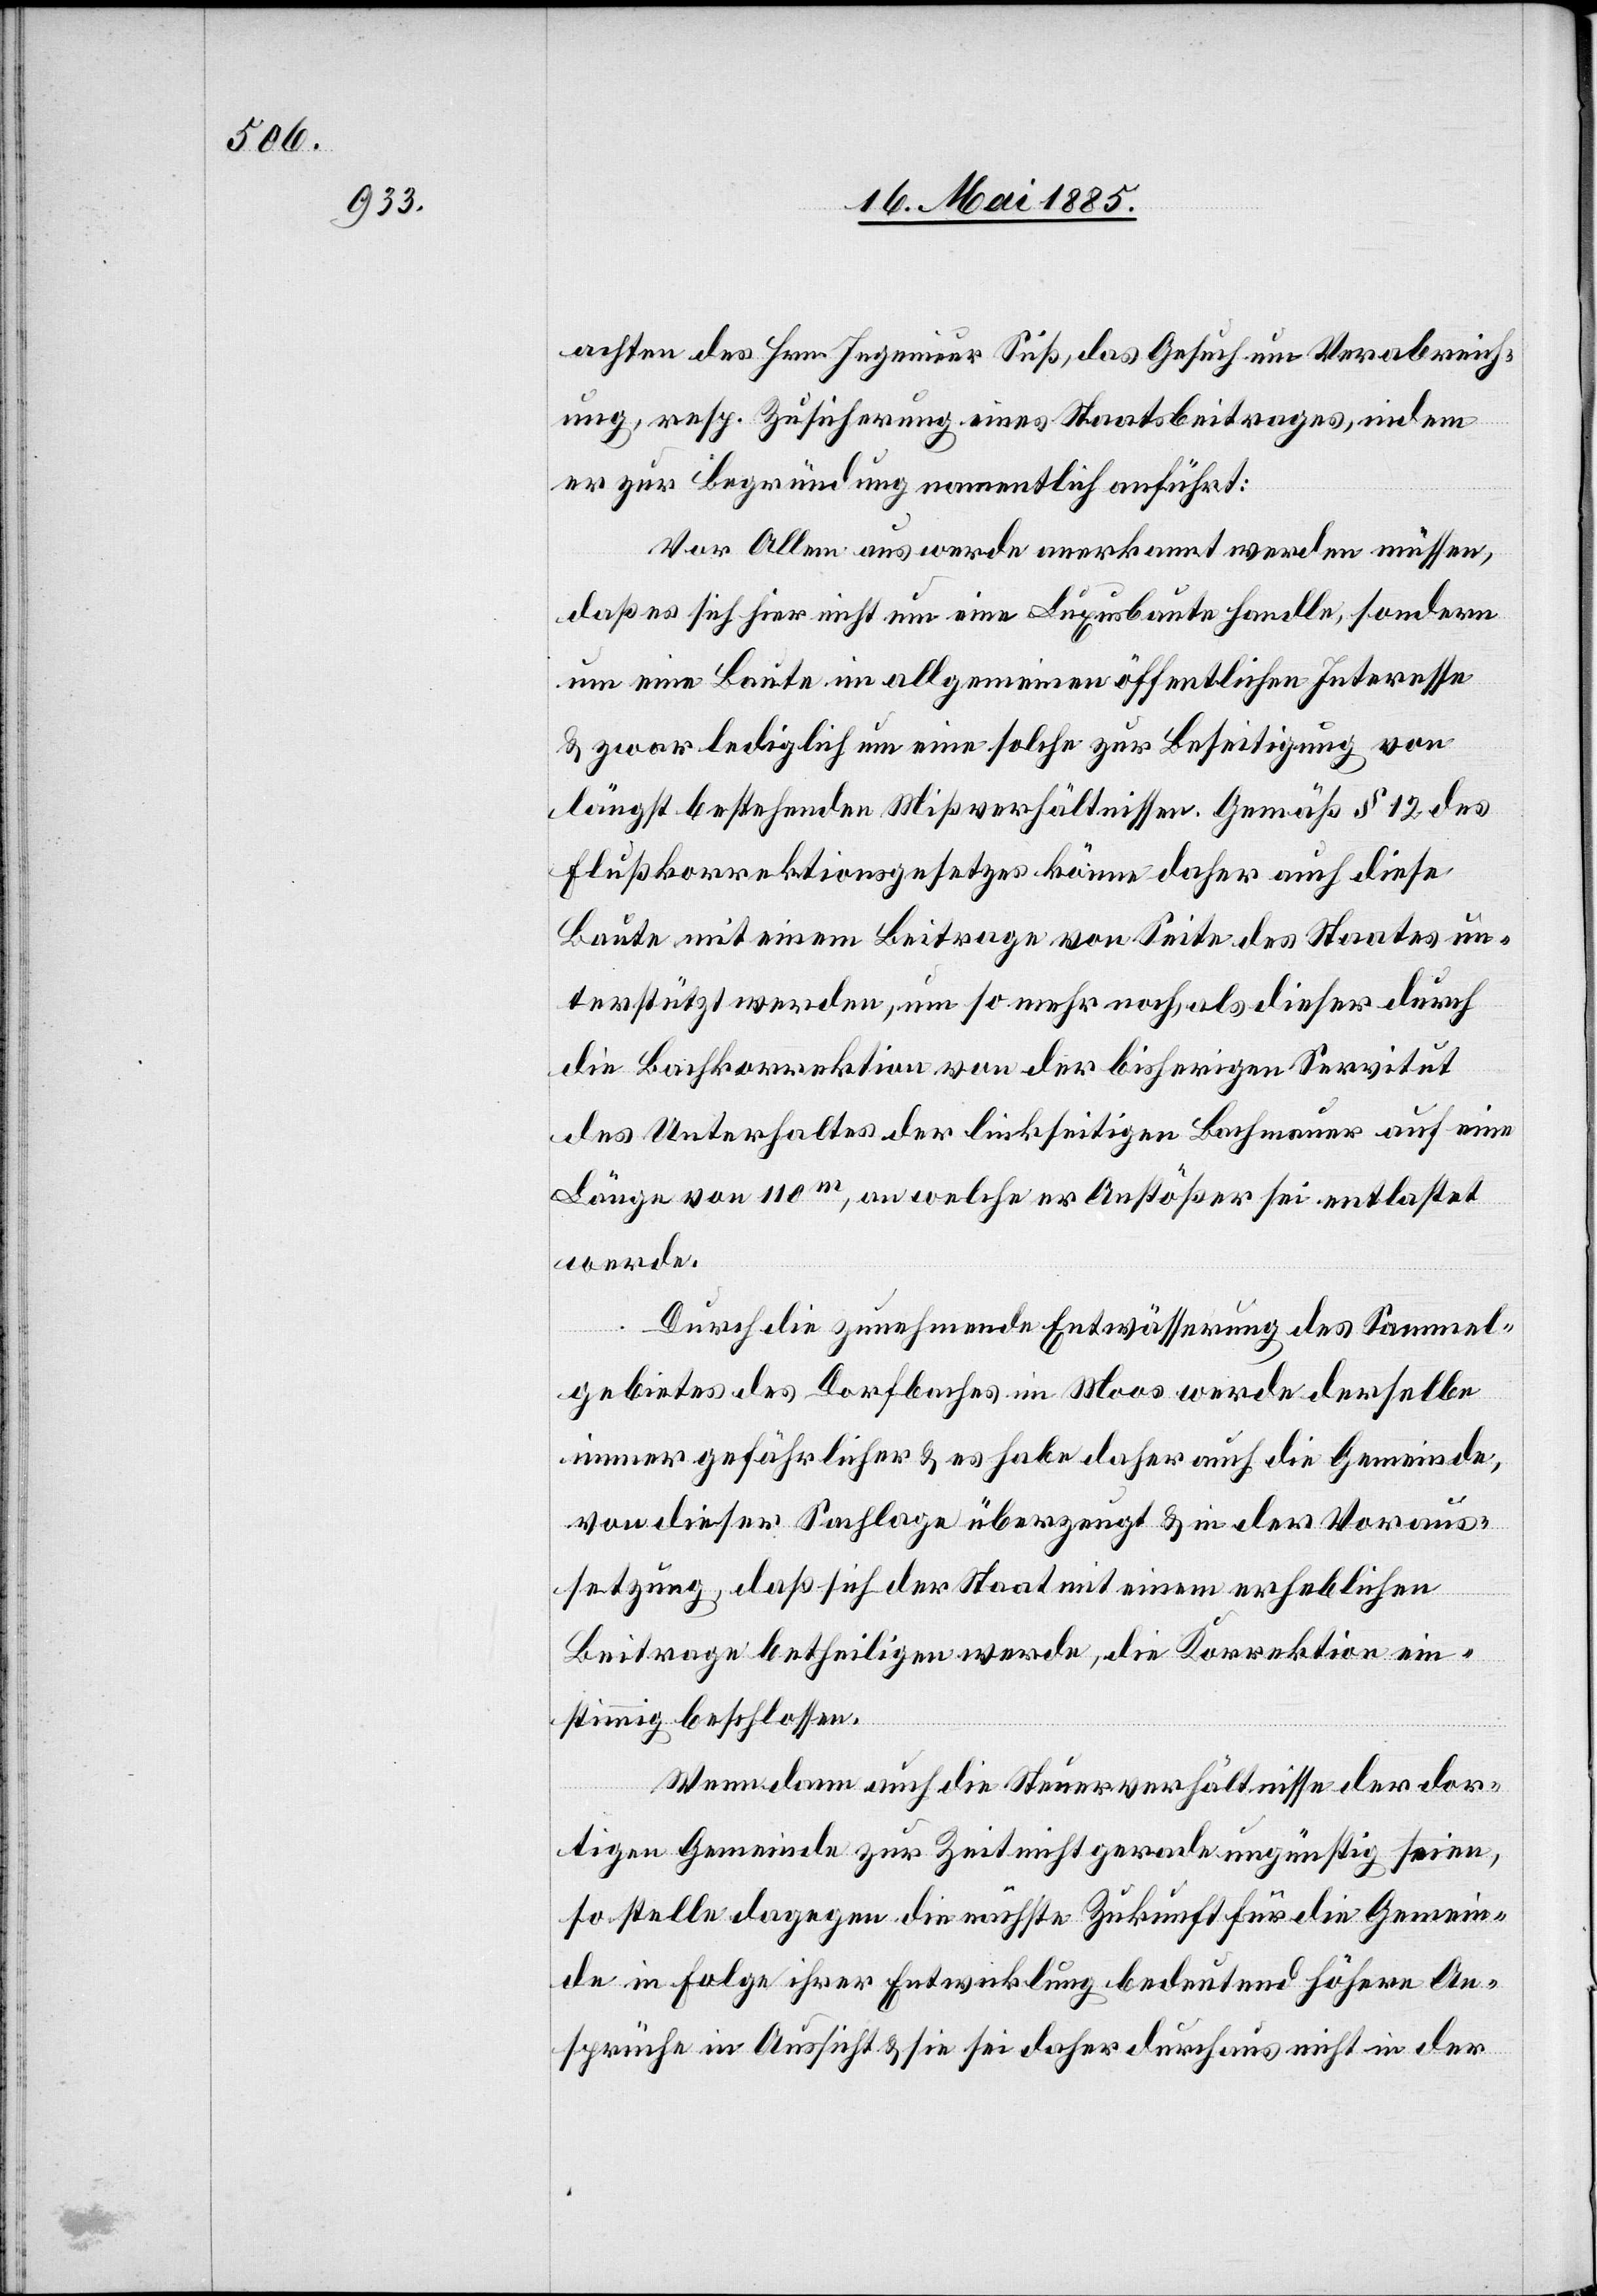
achten des Hrn. Ingenieur Süß, das Gesuch um Verabreich¬
ung, resp. Zusicherung eines Staatsbeitrages, indem
er zur Begründung namentlich anführt:
Vor Allem aus werde anerkannt werden müssen,
daß es sich hier nicht um eine Luxusbaute handle, sondern
um eine Baute im allgemeinen öffentlichen Interesse
& zwar lediglich um eine solche zur Beseitigung von
längst bestehenden Mißverhältnissen. Gemäß § 12 des
Flußkorrektionsgesetzes könne daher auch diese
Baute mit einem Beitrage von Seite des Staates un¬
terstützt werden, um so mehr noch, als dieser durch
die Bachkorrektion von der bisherigen Servitut
des Unterhaltes der linksseitigen Bachmauer auf eine
Länge von 110 m, an welche[r] er Anstößer sei entlastet
werde.
Durch die zunehmende Entwässerung des Sammel¬
gebietes des Dorfbaches im Moos werde derselbe
immer gefährlicher & es habe daher auch die Gemeinde,
von dieser Sachlage überzeugt & in der Voraus¬
setzung, daß sich der Staat mit einem erheblichen
Beitrage betheiligen werde, die Korrektion ein¬
stimmig beschlossen.
Wenn dann auch die Steuerverhältnisse der dor¬
tigen Gemeinde zur Zeit nicht gerade ungünstig seien,
so stelle dagegen die nächste Zukunft für die Gemein¬
de in Folge ihrer Entwicklung bedeutend höhere An¬
sprüche in Aussicht & sie sei daher durchaus nicht in der